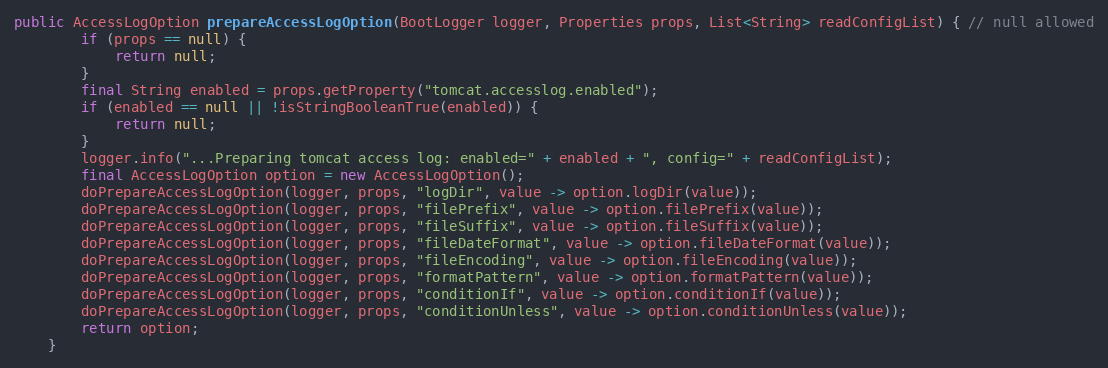
Language: Java
public AccessLogOption prepareAccessLogOption(BootLogger logger, Properties props, List<String> readConfigList) { // null allowed
        if (props == null) {
            return null;
        }
        final String enabled = props.getProperty("tomcat.accesslog.enabled");
        if (enabled == null || !isStringBooleanTrue(enabled)) {
            return null;
        }
        logger.info("...Preparing tomcat access log: enabled=" + enabled + ", config=" + readConfigList);
        final AccessLogOption option = new AccessLogOption();
        doPrepareAccessLogOption(logger, props, "logDir", value -> option.logDir(value));
        doPrepareAccessLogOption(logger, props, "filePrefix", value -> option.filePrefix(value));
        doPrepareAccessLogOption(logger, props, "fileSuffix", value -> option.fileSuffix(value));
        doPrepareAccessLogOption(logger, props, "fileDateFormat", value -> option.fileDateFormat(value));
        doPrepareAccessLogOption(logger, props, "fileEncoding", value -> option.fileEncoding(value));
        doPrepareAccessLogOption(logger, props, "formatPattern", value -> option.formatPattern(value));
        doPrepareAccessLogOption(logger, props, "conditionIf", value -> option.conditionIf(value));
        doPrepareAccessLogOption(logger, props, "conditionUnless", value -> option.conditionUnless(value));
        return option;
    }